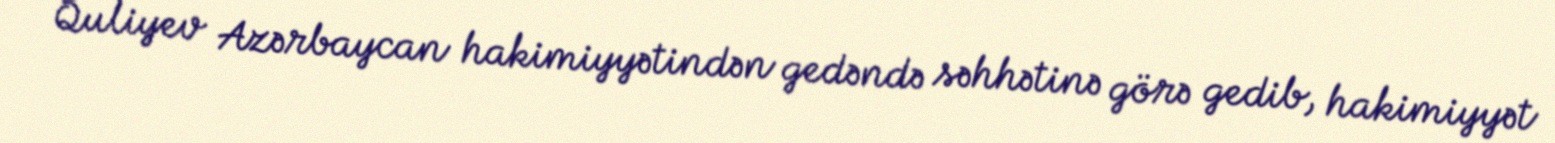
Quliyev Azərbaycan hakimiyyətindən gedəndə səhhətinə görə gedib, hakimiyyət